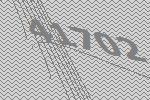
41702